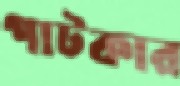
পাটকার